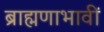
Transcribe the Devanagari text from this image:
ब्राह्मणाभावीं